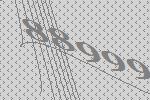
88999